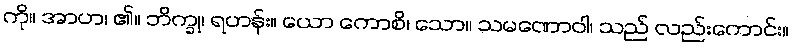
ကို။ အာဟ၊ ၏။ ဘိက္ခု၊ ရဟန်း။ ယော ကောစိ၊ သော။ သမဏောဝါ၊ သည် လည်းကောင်း။